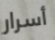
أسرار